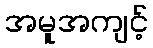
အမူအကျင့်